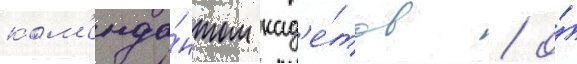
ком'енда́нтом кад'е́тов / о́